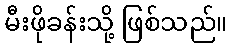
မီးဖိုခန်းသို့ ဖြစ်သည်။